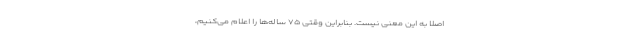
اصلا به این معنی نیست. بنابراین وقتی ۷۵ ساله‌ها را اعلام می‌کنیم،